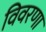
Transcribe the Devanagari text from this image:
विवरणा